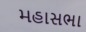
મહાસભા